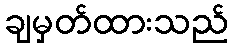
ချမှတ်ထားသည်